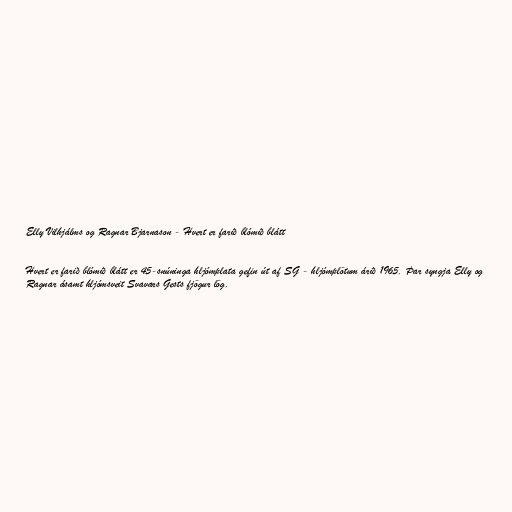
Elly Vilhjálms og Ragnar Bjarnason - Hvert er farið blómið blátt

Hvert er farið blómið blátt er 45-snúninga hljómplata gefin út af SG - hljómplötum árið 1965. Þar syngja Elly og
Ragnar ásamt hljómsveit Svavars Gests fjögur lög.